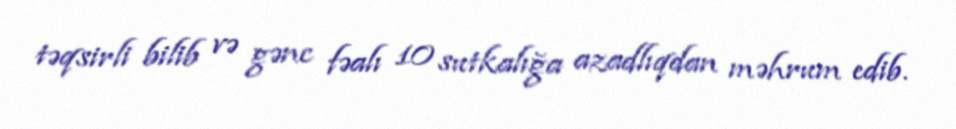
təqsirli bilib və gənc fəalı 10 sutkalığa azadlıqdan məhrum edib.